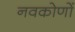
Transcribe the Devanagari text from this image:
नवकोणों